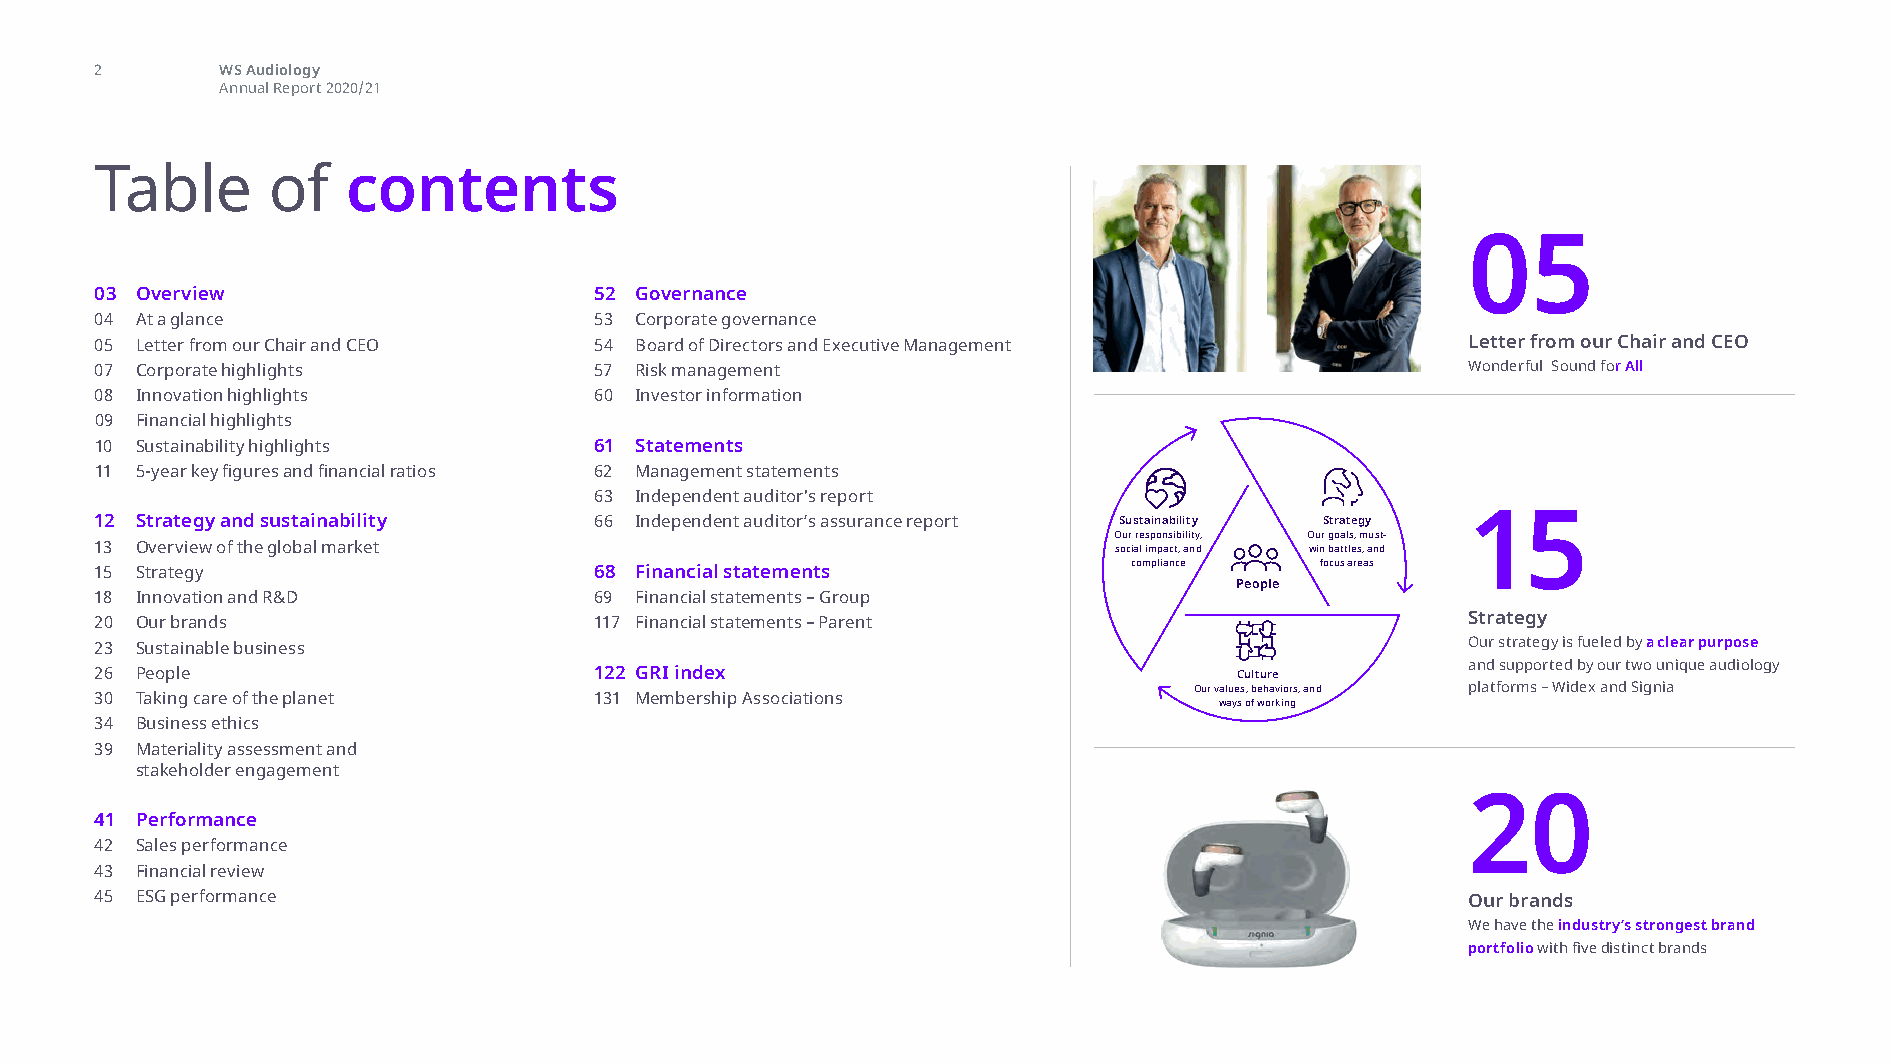
contents
 2        WS Audiology
 Annual Report 2020/21
 Table       of   contents
 05
 03 Overview                      52 Governance
 04 At a glance                   53 Corporate governance
 05 Letter from our Chair and CEO 54 Board of Directors and Executive Management            Letter from our Chair and CEO
 07 Corporate highlights          57 Risk management                                        Wonderful Sound for All
 08 Innovation highlights         60 Investor information
 09 Financial highlights
 10 Sustainability highlights     61 Statements
 11 5-year key figures and financial ratios 62 Management statements
 63 Independent auditor's report
 12 Strategy and sustainability   66 Independent auditor’s assurance report Sustainability Strategy 15
 Our responsibility, Our goals, must-
 13 Overview of the global market                                    social impact, and win battles, and
 15 Strategy                      68 Financial statements             compliance  focus areas
 People
 18 Innovation and R&D            69 Financial statements – Group
 20 Our brands                    117 Financial statements – Parent                         Strategy
 23 Sustainable business                                                                    Our strategy is fueled by a clear purpose
 and supported by our two unique audiology
 26 People                        122 GRI index                              Culture
 Our values, behaviors, and platforms – Widex and Signia
 30 Taking care of the planet     131 Membership Associations               ways of working
 34 Business ethics
 39 M ateriality assessment and
 stakeholder engagement
 20
 41 Performance
 42 Sales performance
 43 Financial review
 45 ESG performance                                                                         Our brands
 We have the industry’s strongest brand
 portfolio with five distinct brands